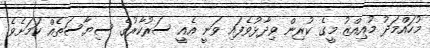
މުހައްމަދު މުއިއްޒު މީގެ ކުރިން ވިދާޅުވެފައި ވަނީ އެއީ ސަރުކާރުގެ ސިޔާސަތެއް ކަމަށެވެ.